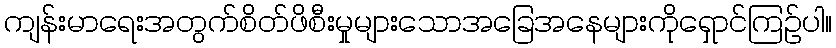
ကျန်းမာရေးအတွက်စိတ်ဖိစီးမှုများသောအခြေအနေများကိုရှောင်ကြဉ်ပါ။